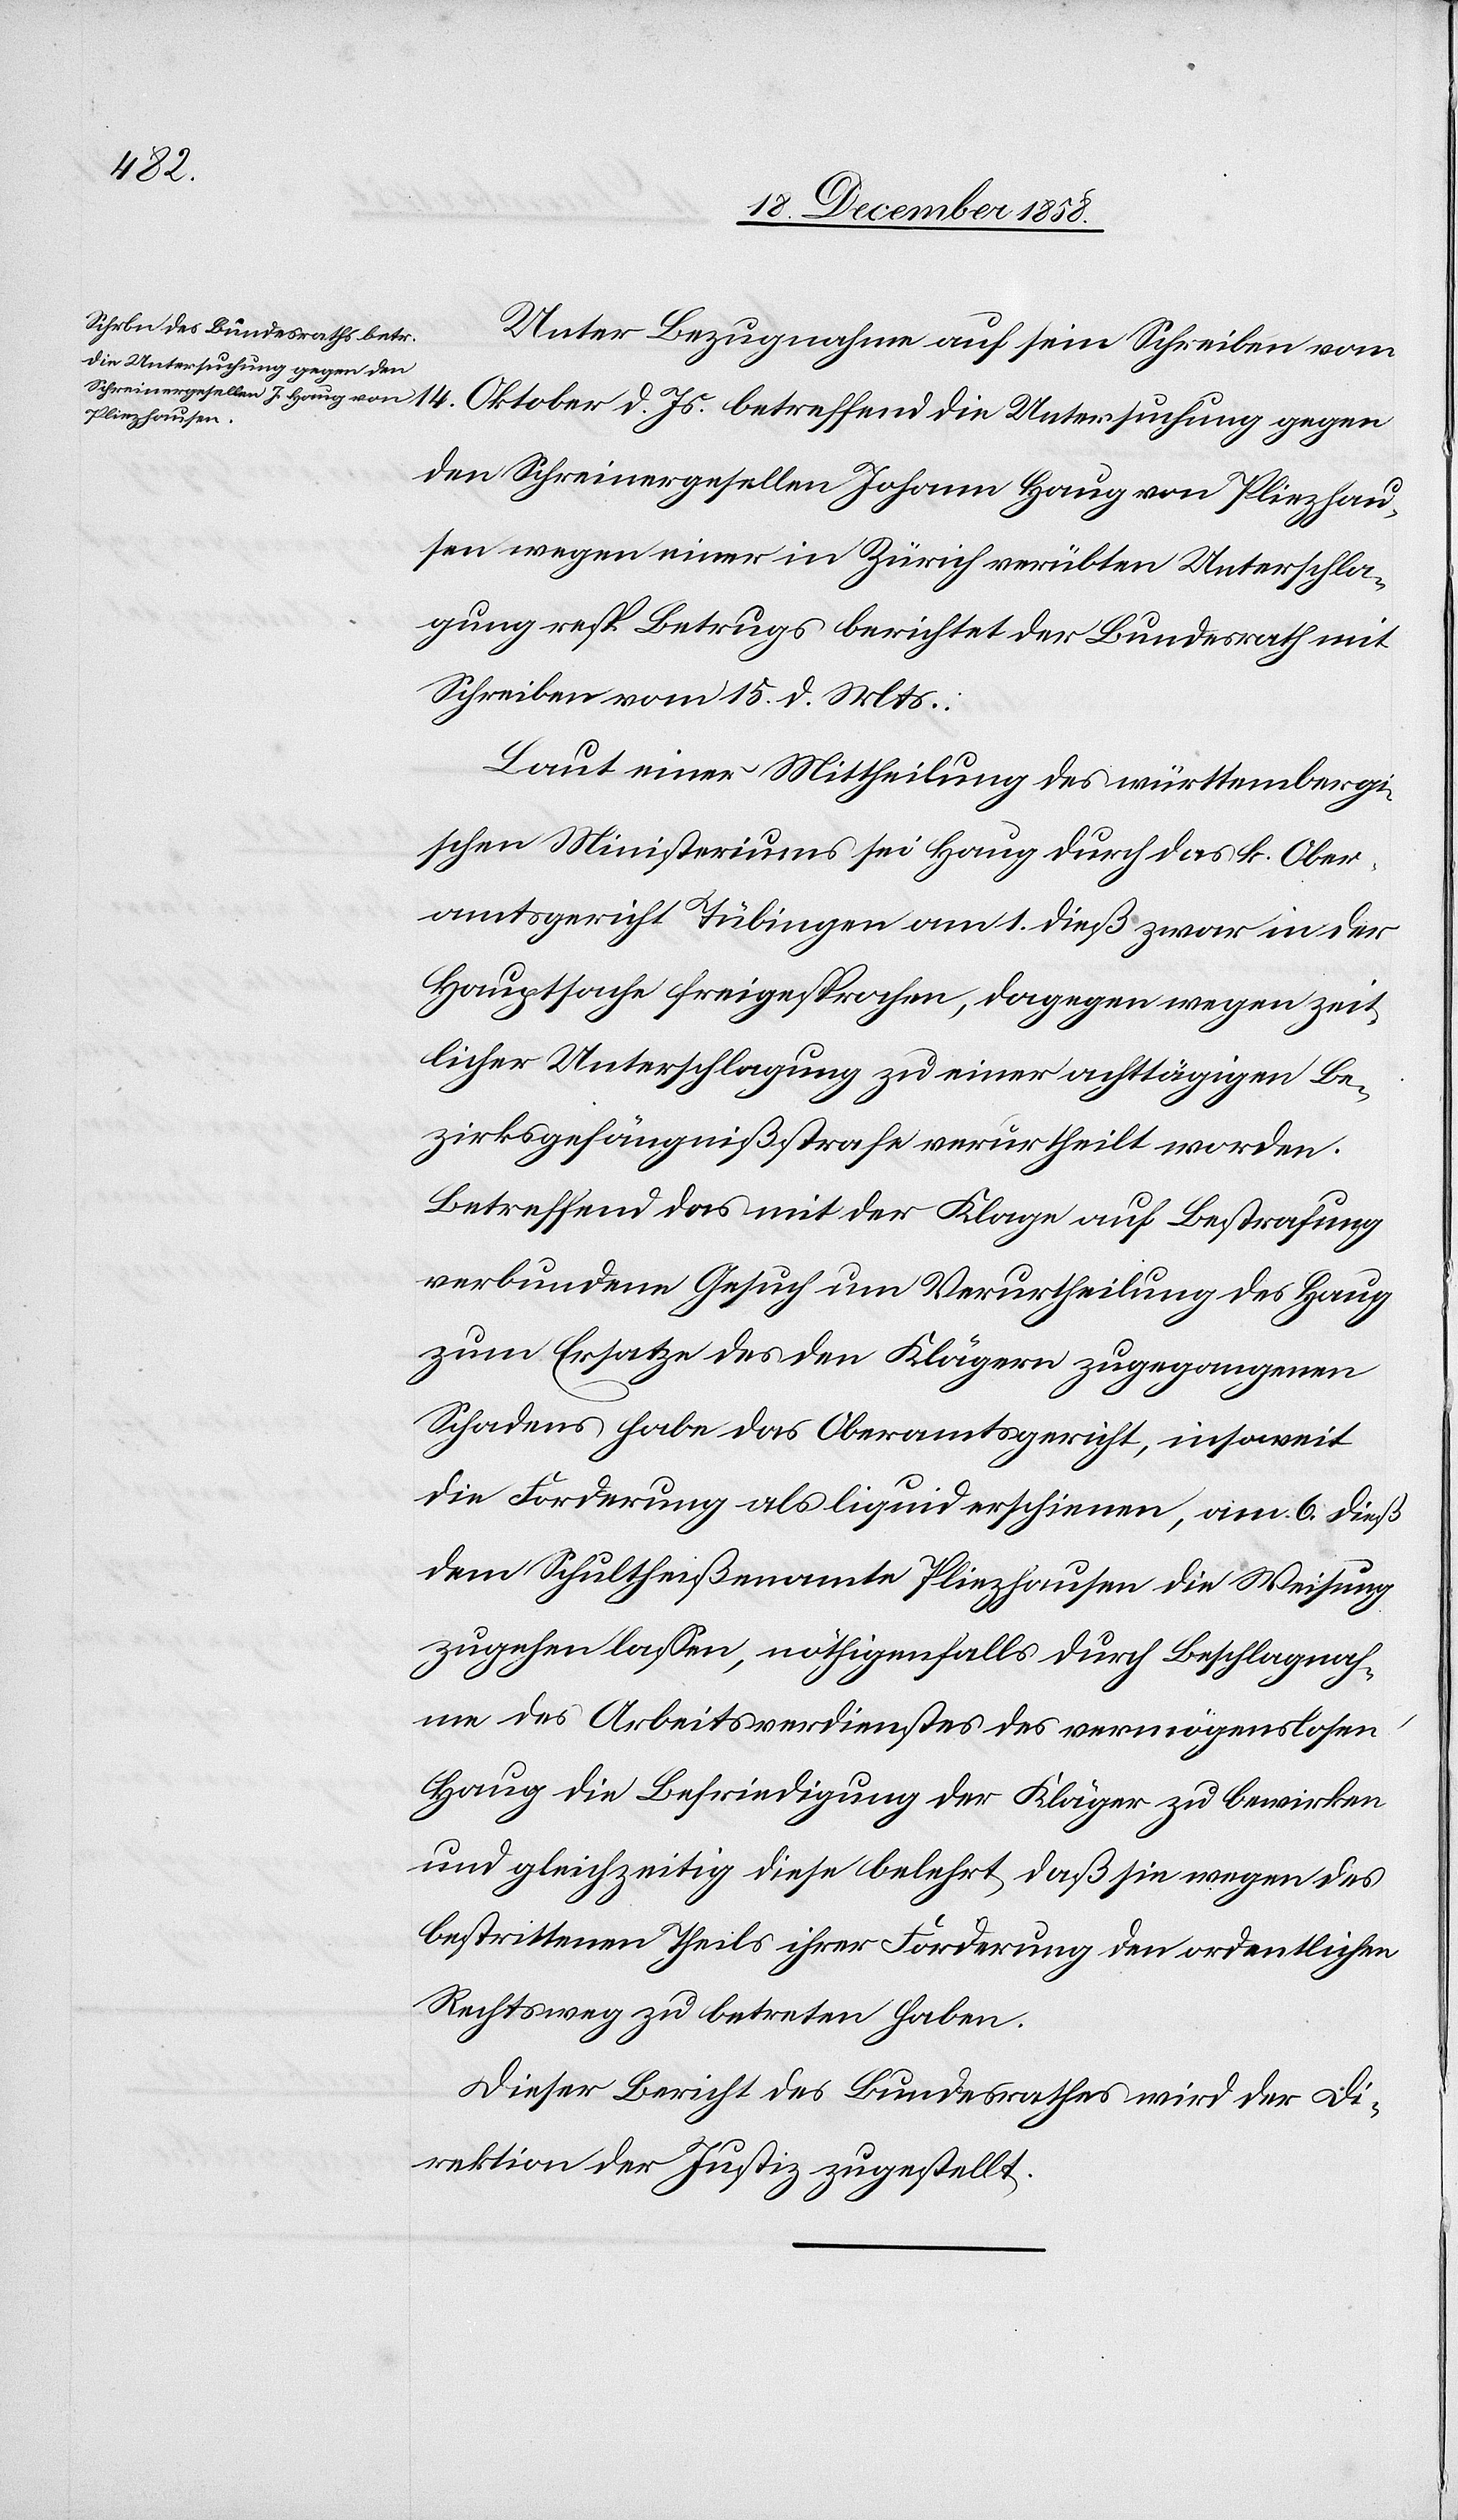
Unter Bezugnahme auf sein Schreiben vom
14. Oktober d. Js. betreffend die Untersuchung gegen
den Schreinergesellen Johann Haug von Pliezhau¬
sen wegen einer in Zürich verübten Unterschla¬
gung resp. Betrugs berichtet der Bundesrath mit
Schreiben vom 15. d. Mts.:
Laut einer Mittheilung des württembergi¬
schen Ministeriums sei Haug durch das k. Ober¬
amtsgericht Tübingen am 1. dieß zwar in der
Hauptsache freigesprochen, dagegen wegen zeit¬
licher Unterschlagung zu einer achttägigen Be¬
zirksgefängnißstrafe verurtheilt worden.
Betreffend das mit der Klage auf Bestrafung
verbundene Gesuch um Verurtheilung des Haug
zum Ersatze des den Klägern zugegangenen
Schadens habe das Oberamtsgericht, insoweit
die Forderung als liquid erschienen, am 6. dieß
dem Schultheißenamte Pliezhausen die Weisung
zugehen lassen, nöthigenfalls durch Beschlagnah¬
me des Arbeitsverdienstes des vermögenslosen
Haug die Befriedigung der Kläger zu bewirken
und gleichzeitig diese belehrt, daß sie wegen des
bestrittenen Theils ihrer Forderung den ordentlichen
Rechtsweg zu betreten haben.
Dieser Bericht des Bundesrathes wird der Di¬
rektion der Justiz zugestellt.